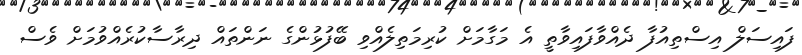
ފައިސަލް އިސްތިއުފާ ދެއްވާފައިވާތީ އެ މަގާމަށް ކުރިމަތިލެއްވި ބޭފުޅުންގެ ނަންތައް ދިރާސާކުރެއްވުމަށް ވެސް